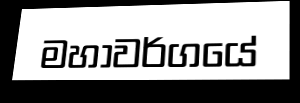
මහාවර්ගයේ